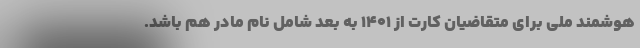
هوشمند ملی برای متقاضیان کارت از ۱۴۰۱ به بعد شامل نام مادر هم باشد.